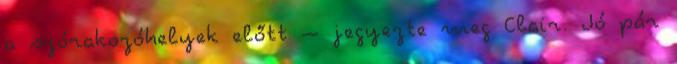
a szórakozóhelyek előtt – jegyezte meg Clair. Jó pár